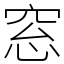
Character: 窓